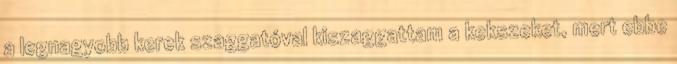
a legnagyobb kerek szaggatóval kiszaggattam a kekszeket, mert ebbe